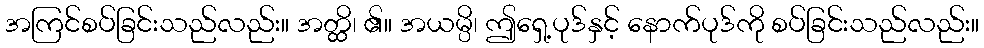
အကြင်စပ်ခြင်းသည်လည်း။ အတ္ထိ၊ ၏။ အယမ္ပိ၊ ဤရှေ့ပုဒ်နှင့် နောက်ပုဒ်ကို စပ်ခြင်းသည်လည်း။